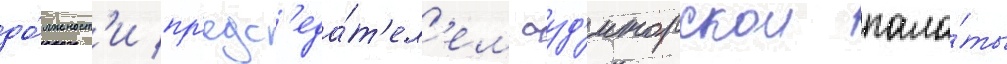
до́лжност'и пр'едс'еда́т'ел'ем ауд'иторскои пала́ты